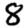
Digit: 8